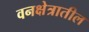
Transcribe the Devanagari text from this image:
वनक्षेत्रातील